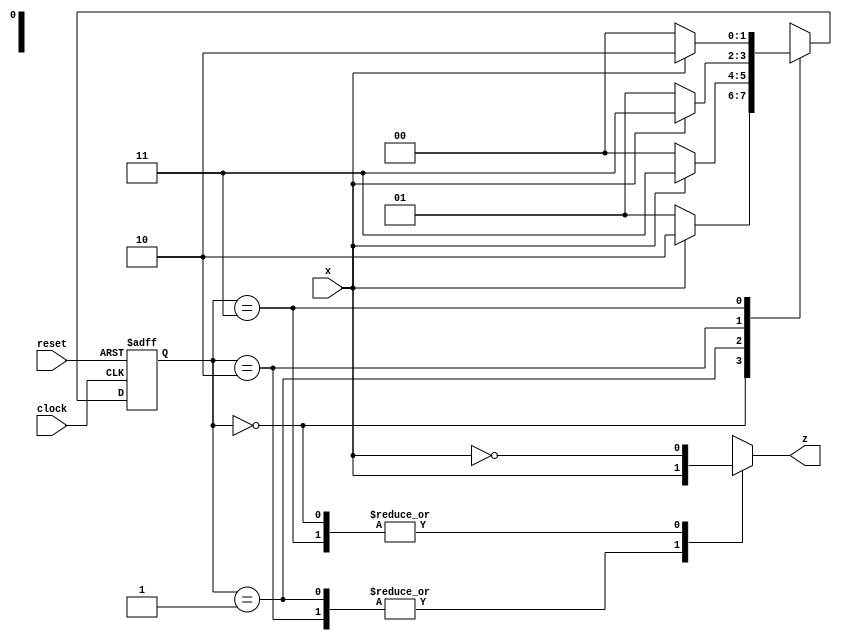
`timescale 1ns / 1ps
//////////////////////////////////////////////////////////////////////////////////
// Company: 
// Engineer: 
// 
// Design Name: 
// Module Name: Lab3_Mealy_state_diagram
// Project Name: 
// Target Devices: 
// Tool Versions: 
// Description: 
// 
// Dependencies: 
// 
// Revision:
// Revision 0.01 - File Created
// Additional Comments:
// 
//////////////////////////////////////////////////////////////////////////////////


module Lab3_Mealy_state_diagram(
    z,
    x,
    clock,
    reset
    );
    
output z;
reg z;
input x;
input clock;
input reset;

reg[1:0] state,next_state;
parameter S0=2'b00,S1=2'b01,S2=2'b10,S3=2'b11;

always@(posedge clock,negedge reset)
if(reset==0) state <= S0;
else state <= next_state;

always@(state,x)
    case(state)
        S0:  if(x) next_state=S2; else next_state=S1;
        S1:  if(x) next_state=S3; else next_state=S0;
        S2:  if(x) next_state=S3; else next_state=S1;
        S3:  if(x) next_state=S2; else next_state=S0;
    endcase
    
always@(state,x)
    case(state)
    S0: z=~x;
    S1: z=x;
    S2: z=x;
    S3: z=~x;
    endcase
    

    
endmodule